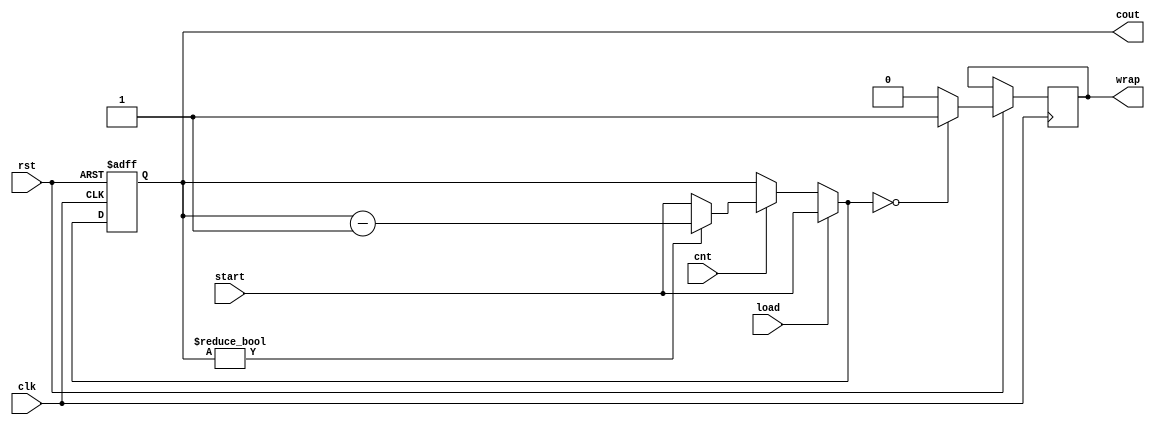
`timescale 1ns / 1ps
//ECE230 DP3 Ex2 Provided Counter Code
//ver: Nov11,2023, by DRAM

module counter
#( parameter integer width = 16 )    //parameter 'width' defines how many bits the counter contains
(
    input clk, cnt, load, rst,
    input [width-1:0] start,
    output reg [width-1:0] cout,
    output reg wrap
    );
    always @ (negedge clk or negedge rst) begin
    //nested if-else block to set counter mode
        if (!rst) begin                             //reset mode
            cout = 0;
        end else begin
            if (load) cout = start;                 //load mode
                else if (!cnt) cout = cout;         //hold mode
                    else if (cout) cout = cout -1;  //count mode, count down
                        else cout = start;          //count mode, wrap to start
    //if-else block to toggle wrap when cout=0                    
        if (!cout) wrap = 1;
            else wrap = 0;
        end 
    end      
endmodule